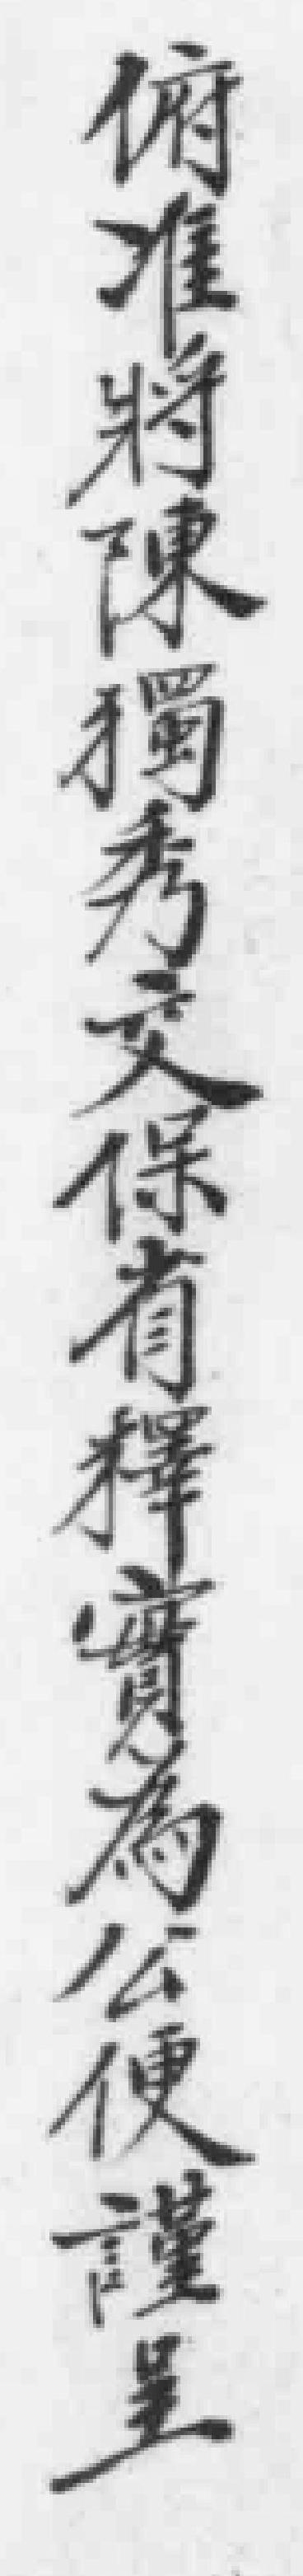
俯准將陳獨秀交保有釋寶為公便禮呈